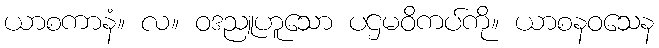
ယာစကာနံ။ လ။ ဝဒညူဟူသော ပဌမဝိကပ်ကို။ ယာစနဝသေန